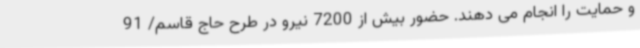
و حمایت را انجام می دهند. حضور بیش از 7200 نیرو در طرح حاج قاسم/ 91